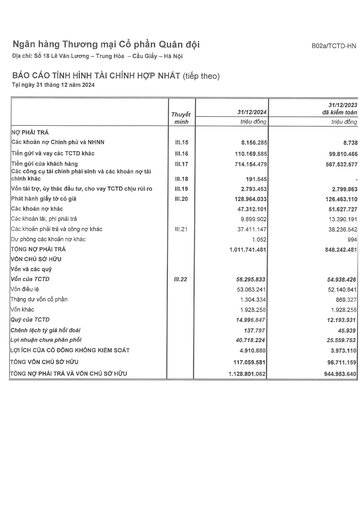
||Thuyết|31/12/2024|31/12/2023 đã kiểm toán| |---|---|---|---| ||minh|triệu đồng|triệu đồng| |NỢ PHẢI TRẢ|||| |Các khoản nợ Chính phủ và NHNN|III.15|8.156.285|8.738| |Tiền gửi và vay các TCTD khác|III.16|110.169.585|99.810.466| |Tiền gửi của khách hàng|III.17|714.154.479|567.532.577| |Các công cụ tài chính phái sinh và các khoản nợ tài chính khác|III.18|191.545|| |Vốn tài trợ, ủy thác đầu tư, cho vay TCTD chịu rủi ro|III.19|2.793.453|2.799.863| |Phát hành giấy tờ có giá|III.20|128.964.033|126.463.110| |Các khoản nợ khác||47.312.101|51.627.727| |Các khoản lãi, phí phải trả||9.899.902|13.390.191| |Các khoản phải trả và công nợ khác|III.21|37.411.147|38.236.542| |Dự phòng các khoản nợ khác||1.052|994| |TỔNG NỢ PHẢI TRẢ||1.011.741.481|848.242.481| |VỐN CHỦ SỞ HỮU|||| |Vốn và các quỹ|||| |Vốn của TCTD|III.22|56.295.833|54.938.426| |Vốn điều lệ||53.063.241|52.140.841| |Thặng dư vốn cổ phần||1.304.334|869.327| |Vốn khác||1.928.258|1.928.258| |Quỹ của TCTD||14.996.847|12.193.931| |Chênh lệch tỷ giá hối đoái||137.797|45.939| |Lợi nhuận chưa phân phối||40.718.224|25.559.753| |LỢI ÍCH CỦA CỔ ĐÔNG KHÔNG KIỂM SOÁT||4.910.880|3.973.110| |TỔNG VỐN CHỦ SỞ HỮU||117.059.581|96.711.159| |TỔNG NỢ PHẢI TRẢ VÀ VỐN CHỦ SỞ HỮU||1.128.801.062|944.953.640|